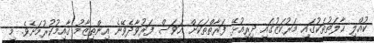
ކުއްލި ޙާލަތުތަކުގައި މަރުކަޒުގައި ދިރިއުޅޭ ފަރާތްތަކަށް އަވަސް ފަރުވާދެވޭނެ އިންތިޒާމު ޤާއިމުކުރުމަށެވެ. މި